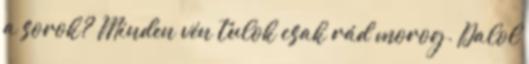
a sorok? Minden vén tulok csak rád morog. Dalol